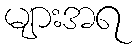
များအရ